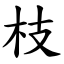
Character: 枝